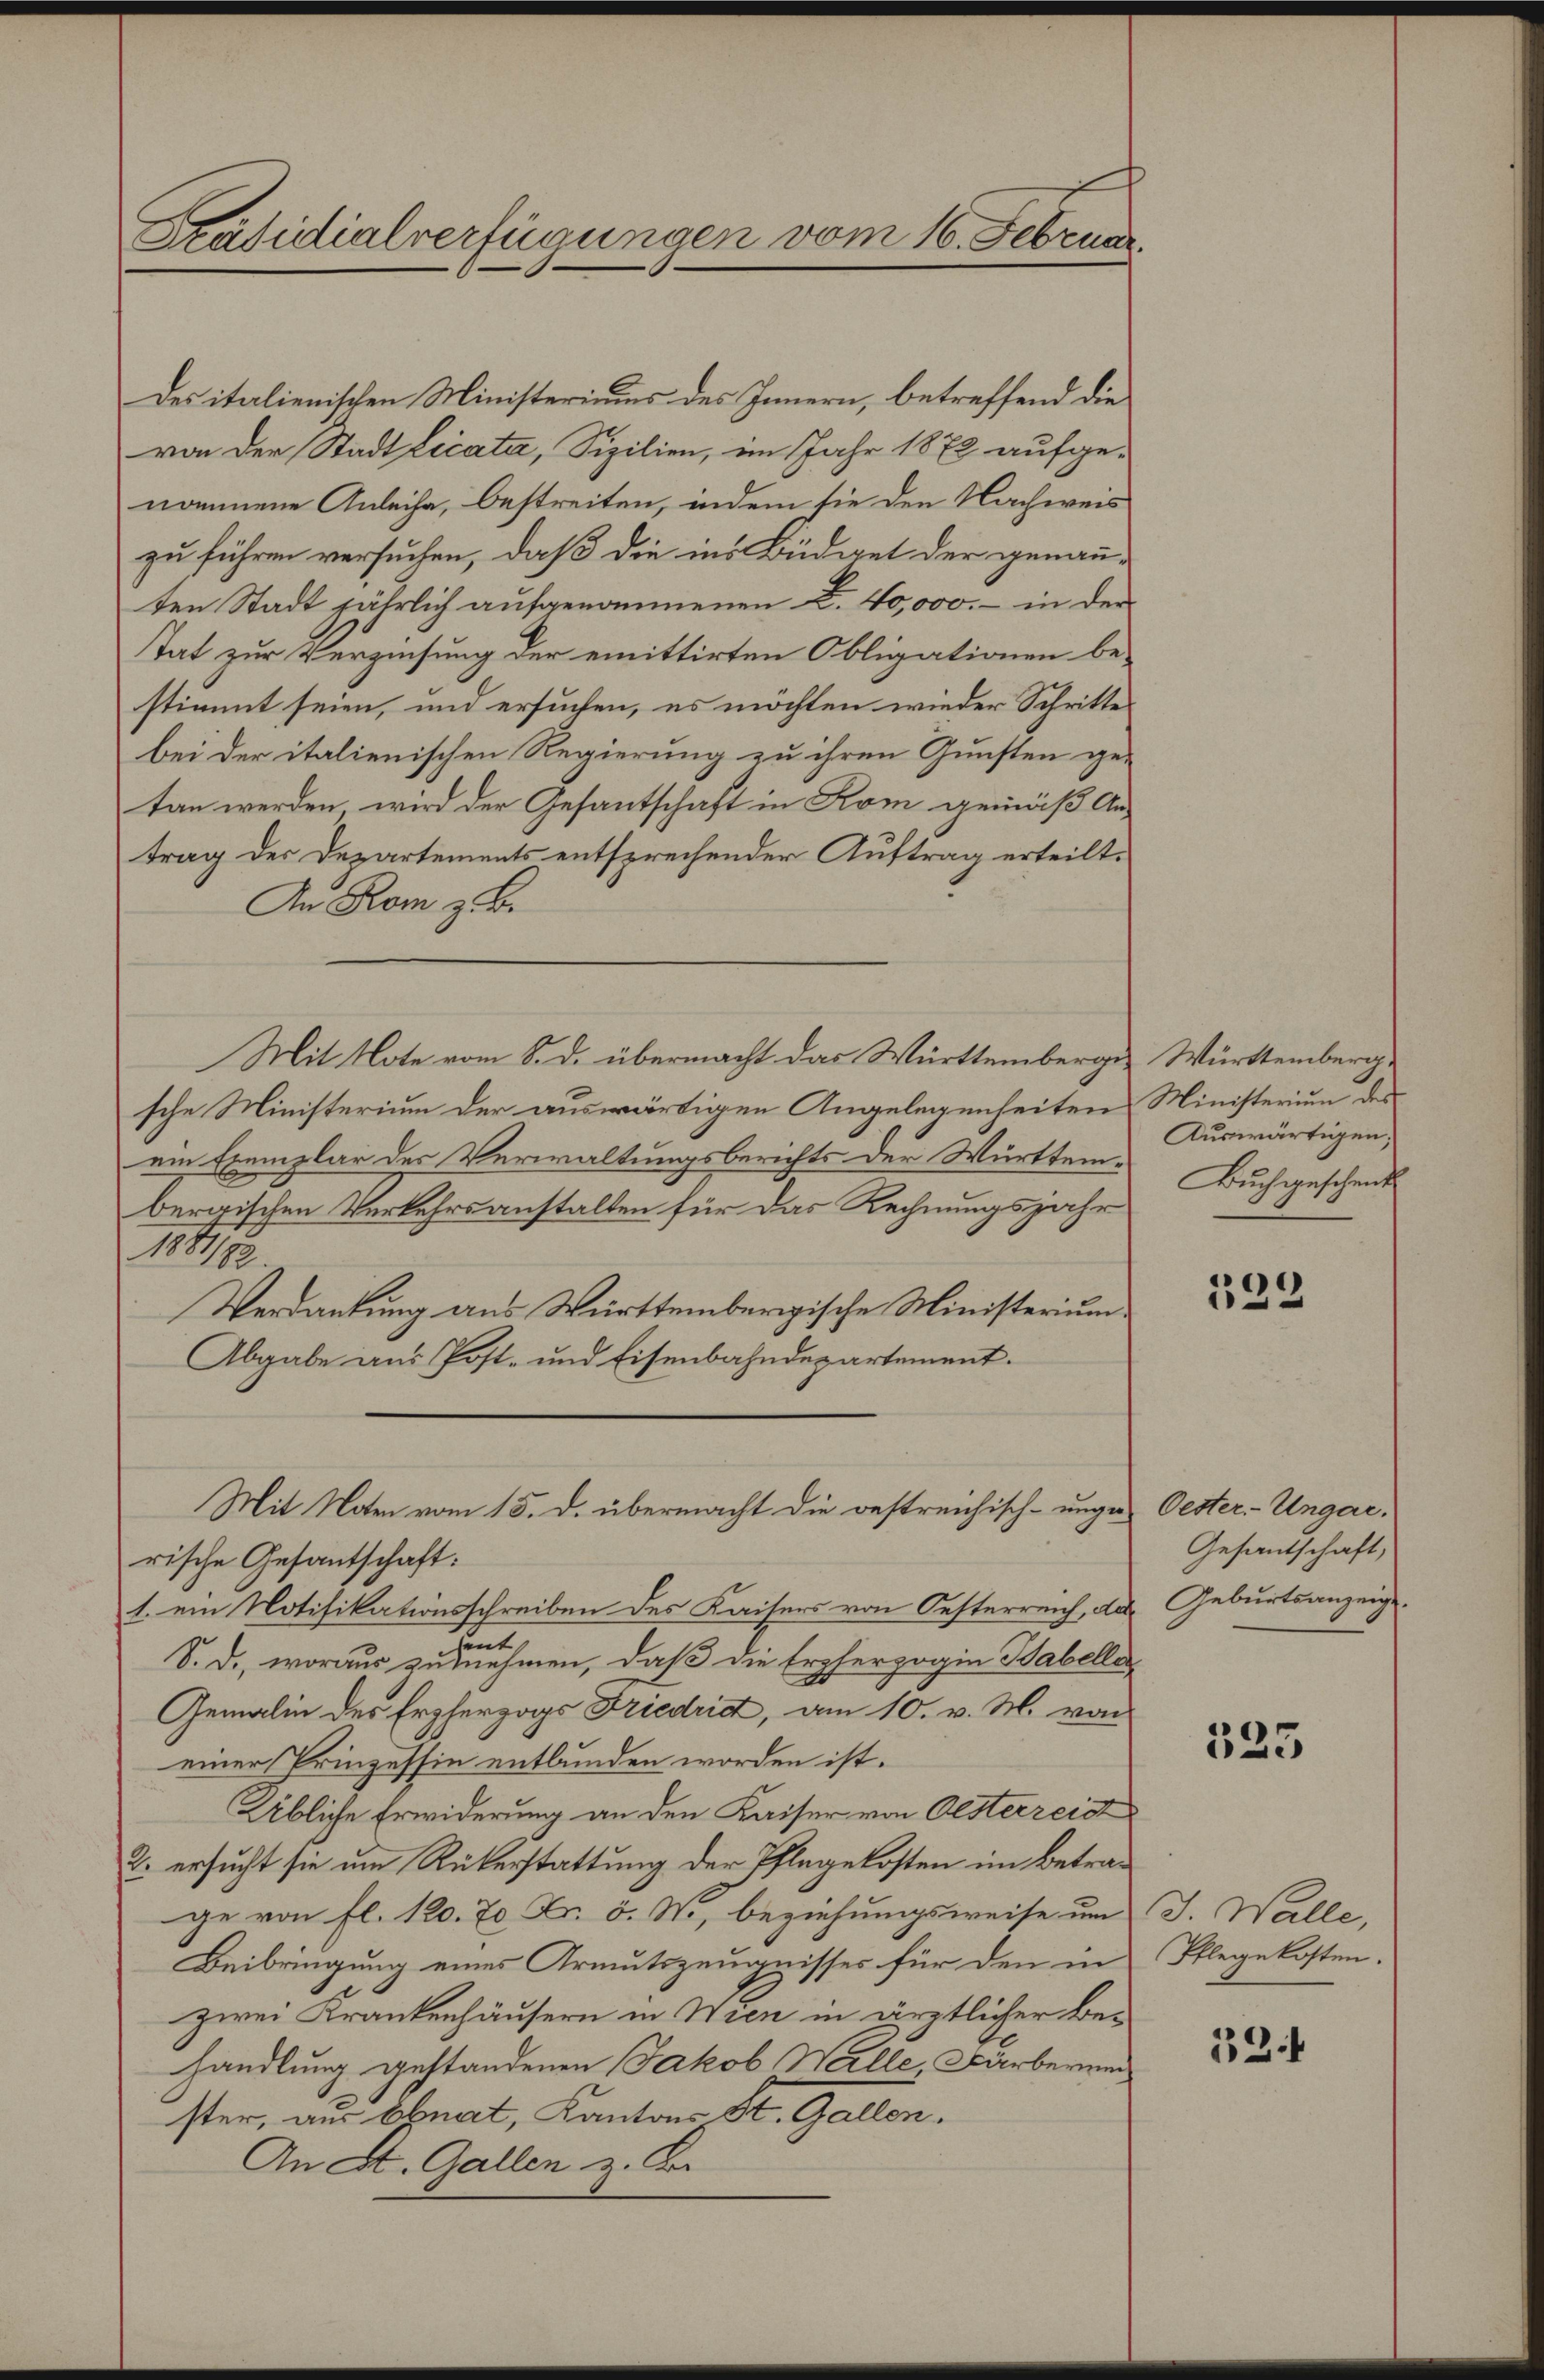
Präsidialverfügungen vom 16. Februar.

Des italienischen Ministeriums des Innern, betreffend die
von der Stadt Licata, Sizilien, im Jahr 1872 aufge-
nommene Anleihe, bestreiten, indem sie den Nachweis
zu führen versuchen, daß die ins Büdget der genauten Stadt jährlich aufgenommenen B. 40,000.- in der
tat zur Verzinsung der emittirten Obligationen be-
stimmt seien, und ersuchen, es möchten wieder Schrittes
bei der italienischen Regierung zu ihren Gunsten ge-
tan werden wird der Gesantschaft in Rom gemäß Antrag des Departements entsprechender Auftrag erteilt.
An Rom z. B.
Mit Note vom 8. d. übermacht das Württemberge Württemberg.
sche Ministerium der auswärtigen Angelegenheiten Ministerium des
ein Exemplar des Verwaltungsberichts der Württem-
bergischen Verkehrsanstalten für das Rechnungsjahr
1881/82.
Verdankung aus Württembergische Ministerium
Abgabe aus Post- und Eisenbahndepartement.
Mit Noten vom 15. d. übermacht die bestreichisch-unge Oester-Ungarrische Gesantschaft:
1. ein Notifikationsschreiben des Kaisers von Oesterreich, das Geburtsanzeigeheut.
S. D., woraus zunehmen, daß die Erzherzogin Habelle
Gemalin des Erzherzogs Friedrid, am 10. v. M. von
einer Prinzessin entbunden worden ist.
Übliche Erwiderung an den Kaiser von Oesterreist
2. ersucht sie um Rükerstattung der Thlegekosten im Betrage von fl. 120. 70 Fr. 5. N., beziehungsweise um J. Walle,
Beibringung eines Armutszeugnisses für den in
zwei Krankenhäusern in Wien in ärztlicher Behandlung gestandenen Jakob Halle, Färberend
ster, aus Ebnat, Kantons St. Gallen.
An St. Gallen z. Br

Auswärtigen,
Buch geschenk

122

Gesantschaft,

525

Pflegekosten.

32.